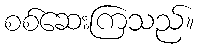
စစ်ဆေးကြသည်။